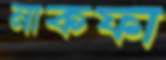
নাকফা